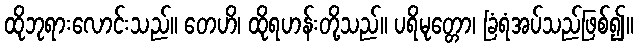
ထိုဘုရားလောင်းသည်။ တေဟိ၊ ထိုရဟန်းတို့သည်။ ပရိမုတ္တော၊ ခြံရံအပ်သည်ဖြစ်၍။